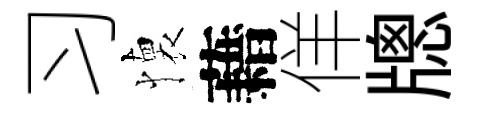
习懐藉佯牕